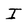
Character: I